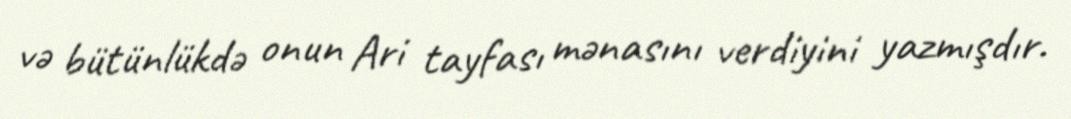
və bütünlükdə onun Ari tayfası mənasını verdiyini yazmışdır.